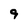
Character: 9